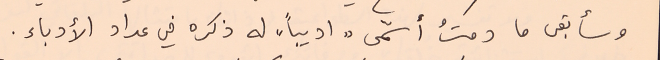
وسأبقى ما دمتُ أسمّى "اديباً" له ذكره في عداد الأدباء.